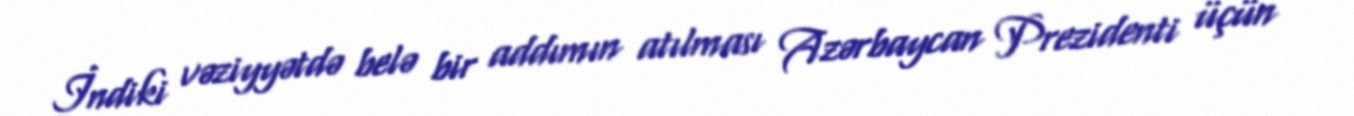
İndiki vəziyyətdə belə bir addımın atılması Azərbaycan Prezidenti üçün